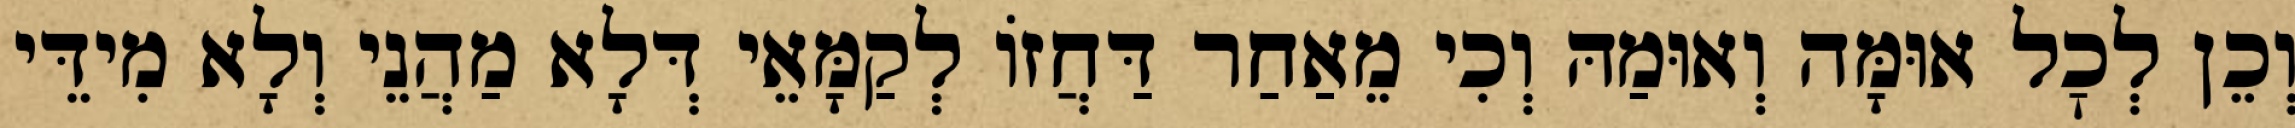
וְכֵן לְכׇל אוּמָּה וְאוּמַהּ וְכִי מֵאַחַר דַּחֲזוֹ לְקַמָּאֵי דְּלָא מַהֲנֵי וְלָא מִידֵּי